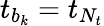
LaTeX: t_{b_{k}}=t_{N_{t}}